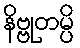
နိဗ္ဗုတမ္ပိ